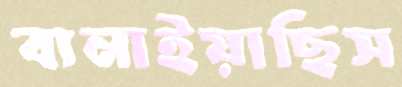
বানাইয়াছিস